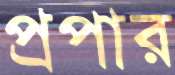
প্রপার